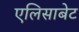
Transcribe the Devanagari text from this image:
एलिसाबेट